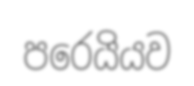
පරෙයියව